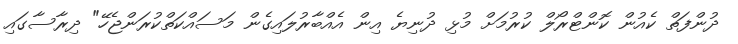
ދުންފަތް ކެއުން ކޮންޓްރޯލް ކުރުމަށް މުޅި ދުނިޔެ އިން އެއްބާރުލައިގެން މަސައްކަތްކުރަންޖެހޭ" ދިރާސާގައި